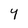
Character: Y